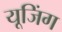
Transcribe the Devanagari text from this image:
यूजिंग